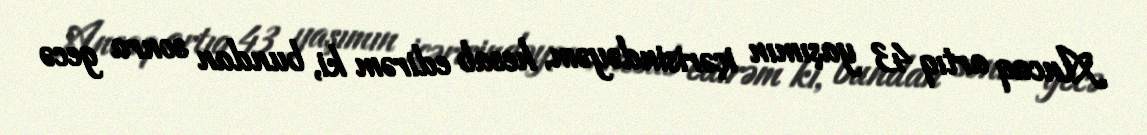
Ancaq artıq 43 yaşımın içərisindəyəm, hesab edirəm ki, bundan sonra gecə